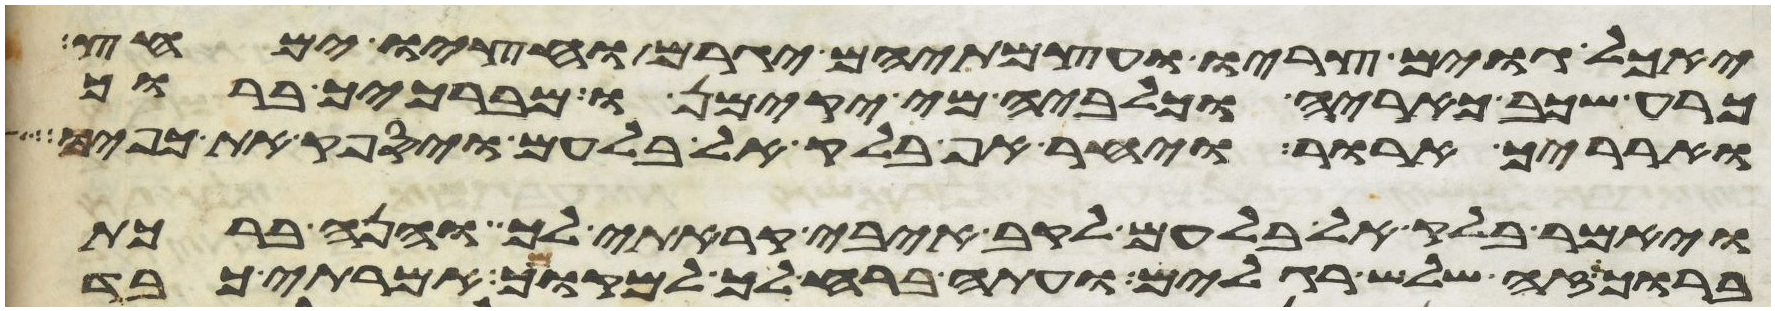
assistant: יאכל גוים צריו ועצמתיהם יגרם וחציו ימחץ
כרע שכב כאריה וכלביה מי יקימנו מברכיך ברוך
וארריך ארור ויחר אף בלק אל בלעם ויספק את כפיו
ויאמר בלק אל בלעם לקב איבי קראתי לך והנה ברכת
ברוך זה שלש רגלים ועתה ברח לך אל מקומך אמרתי כבד